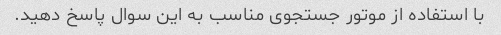
با استفاده از موتور جستجوی مناسب به این سوال پاسخ دهید.